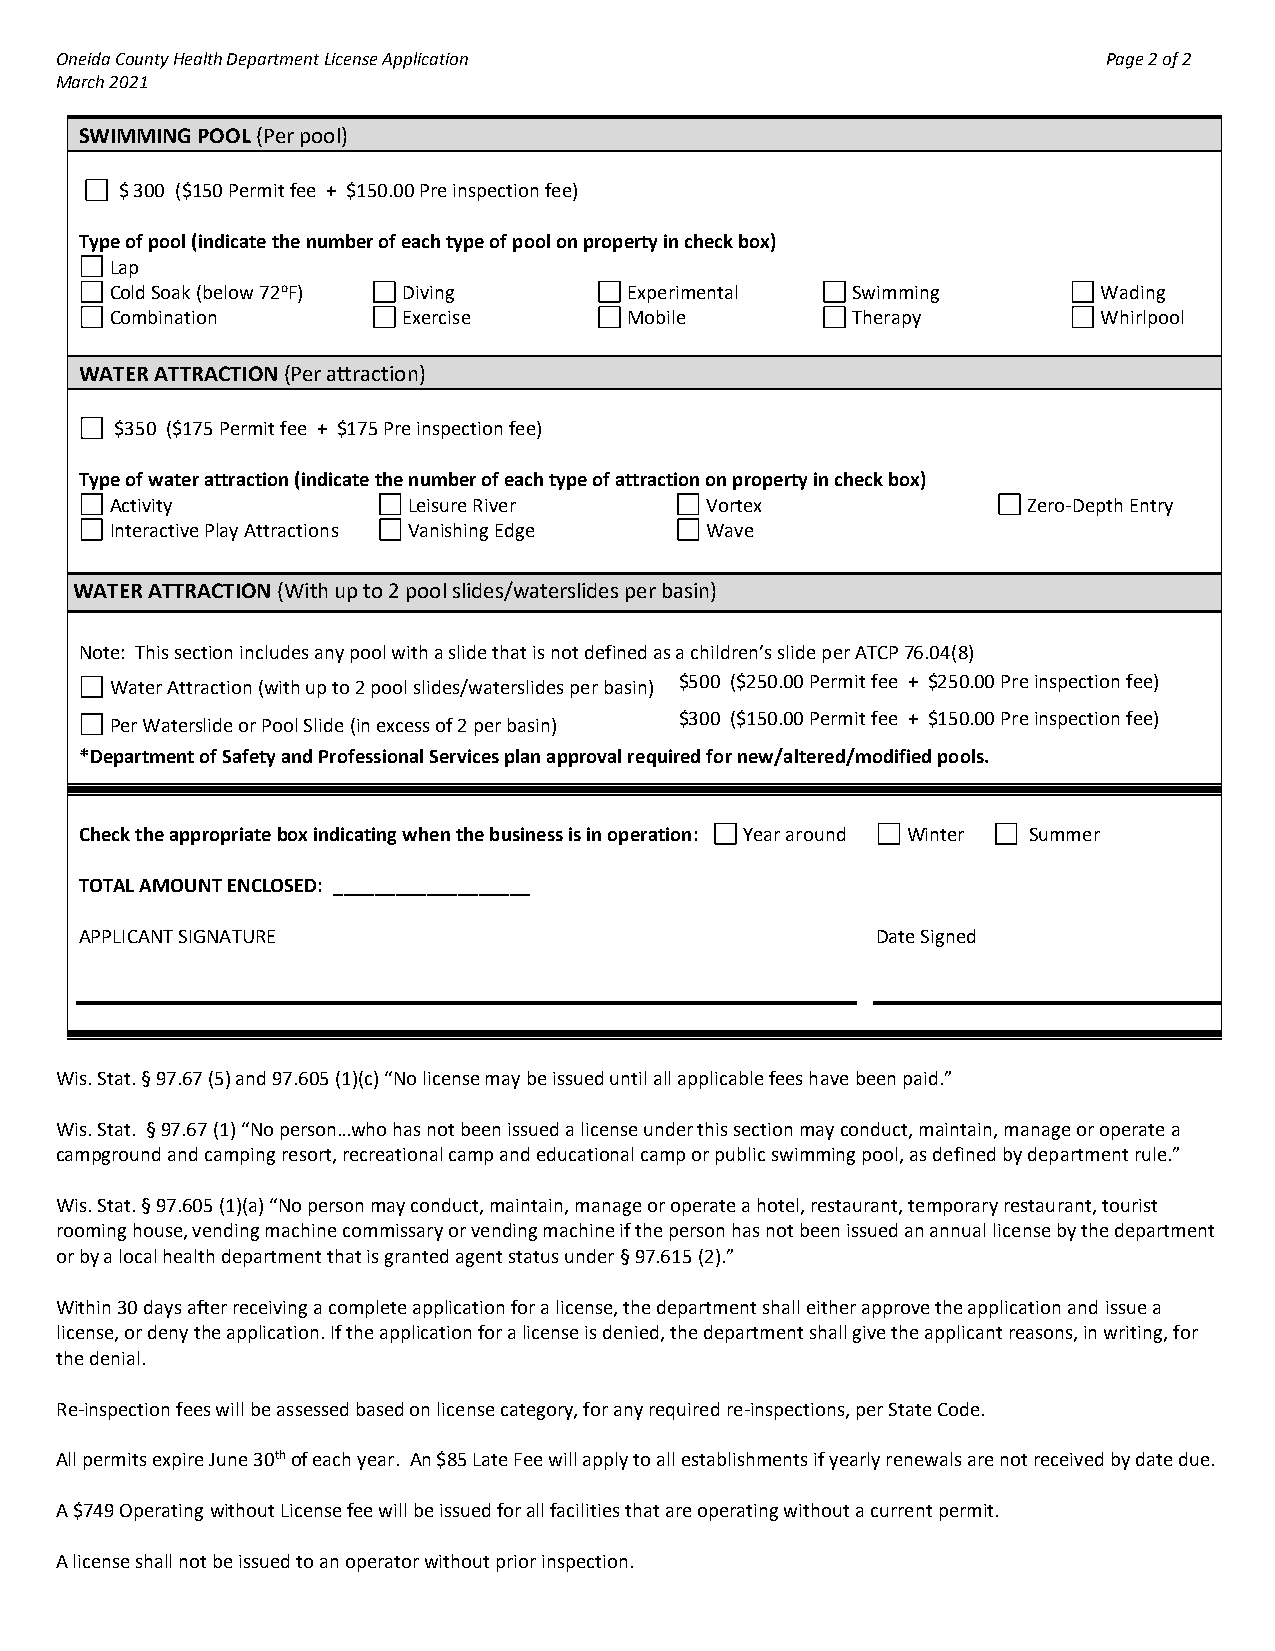
Oneida County Health Department License Application                  Page 2 of 2
 March 2021
 SWIMMING POOL (Per pool)
 $ 300 ($150 Permit fee + $150.00 Pre inspection fee)
 Type of pool (indicate the number of each type of pool on property in check box)
 Lap
 Cold Soak (below 72oF) Diving      Experimental  Swimming         Wading
 Combination         Exercise       Mobile        Therapy          Whirlpool
 WATER ATTRACTION (Per attraction)
 $350 ($175 Permit fee + $175 Pre inspection fee)
 Type of water attraction (indicate the number of each type of attraction on property in check box)
 Activity            Leisure River       Vortex               Zero-Depth Entry
 Interactive Play Attractions Vanishing Edge Wave
 WATER ATTRACTION (With up to 2 pool slides/waterslides per basin)
 Note: This section includes any pool with a slide that is not defined as a children’s slide per ATCP 76.04(8)
 Water Attraction (with up to 2 pool slides/waterslides per basin) $500 ($250.00 Permit fee + $250.00 Pre inspection fee)
 Per Waterslide or Pool Slide (in excess of 2 per basin) $300 ($150.00 Permit fee + $150.00 Pre inspection fee)
 *Department of Safety and Professional Services plan approval required for new/altered/modified pools.
 Check the appropriate box indicating when the business is in operation: Year around Winter Summer
 TOTAL AMOUNT ENCLOSED: ___________________
 APPLICANT SIGNATURE                                  Date Signed
 Wis. Stat. § 97.67 (5) and 97.605 (1)(c) “No license may be issued until all applicable fees have been paid.”
 Wis. Stat. § 97.67 (1) “No person…who has not been issued a license under this section may conduct, maintain, manage or operate a
 campground and camping resort, recreational camp and educational camp or public swimming pool, as defined by department rule.”
 Wis. Stat. § 97.605 (1)(a) “No person may conduct, maintain, manage or operate a hotel, restaurant, temporary restaurant, tourist
 rooming house, vending machine commissary or vending machine if the person has not been issued an annual license by the department
 or by a local health department that is granted agent status under § 97.615 (2).”
 Within 30 days after receiving a complete application for a license, the department shall either approve the application and issue a
 license, or deny the application. If the application for a license is denied, the department shall give the applicant reasons, in writing, for
 the denial.
 Re-inspection fees will be assessed based on license category, for any required re-inspections, per State Code.
 All permits expire June 30th of each year. An $85 Late Fee will apply to all establishments if yearly renewals are not received by date due.
 A $749 Operating without License fee will be issued for all facilities that are operating without a current permit.
 A license shall not be issued to an operator without prior inspection.